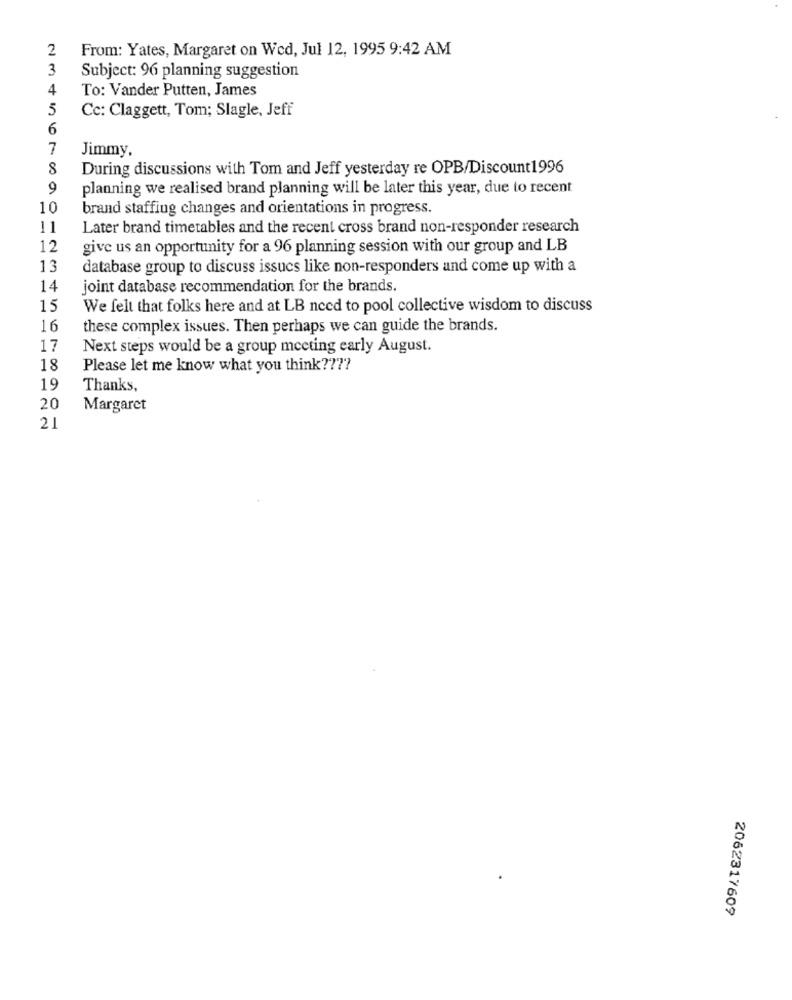
2
From: Yates, Margaret on Wed, Jul 12, 1995 9:42 AM
3
Subject: 96 planning suggestion
4
To: Vander Putten, James
5
Cc: Claggett, Tom; Slagle, Jeff
6
7
Jimmy,
8
During discussions with Tom and Jeff yesterday re OPB/Discount1996
9
planning we realised brand planning will be later this year, due to recent
10
brand staffing changes and orientations in progress.
11
Later brand timetables and the recent cross brand non-responder research
12
give us an opportunity for a 96 planning session with our group and LB
13
database group to discuss issues like non-responders and come up with a
14
joint database recommendation for the brands.
15
We felt that folks here and at LB need to pool collective wisdom to discuss
16
these complex issues. Then perhaps we can guide the brands.
17
Next steps would be a group meeting early August.
18
Please let me know what you think ????
19
Thanks,
20
Margaret
21
2062317609